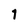
Character: 1